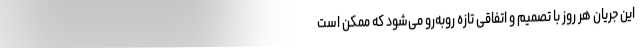
این جریان هر روز با تصمیم و اتفاقی تازه روبه‌رو می‌شود که ممکن است